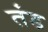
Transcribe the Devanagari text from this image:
तंड